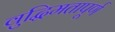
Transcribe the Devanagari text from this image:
वुद्धिमतापूर्ण